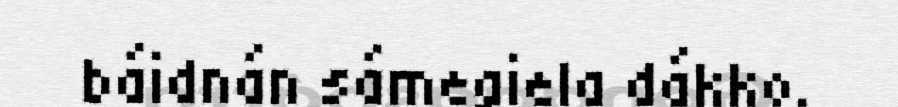
báidnán sámegiela dákko.